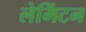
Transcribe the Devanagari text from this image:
लेमिंटन